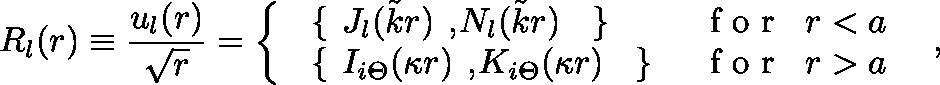
R _ { l } ( r ) \equiv \frac { u _ { l } ( r ) } { \sqrt { r } } = \left\{ \begin{array} { l r } { { \mathrm { \boldmath \large ~ \left\{ ~ \right. ~ } \! \! \! J _ { l } ( \tilde { k } r ) \mathrm { \boldmath \large ~ , ~ } \! \! N _ { l } ( \tilde { k } r ) \mathrm { \boldmath \large ~ \left. ~ \right\} ~ } \! \! \; } } & { { \textrm { f o r } \; \; r < a } } \\ { { \mathrm { \boldmath \large ~ \left\{ ~ \right. ~ } \! \! \! I _ { i \Theta } ( \kappa r ) \mathrm { \boldmath \large ~ , ~ } \! \! K _ { i \Theta } ( \kappa r ) \mathrm { \boldmath \large ~ \left. ~ \right\} ~ } \! \! \; } } & { { \textrm { f o r } \; \; r > a } } \end{array} \right. \; \; ,